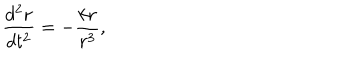
\frac { d ^ { 2 } { \bf r } } { d t ^ { 2 } } = - \frac { k { \bf r } } { r ^ { 3 } } ,